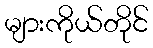
များကိုယ်တိုင်